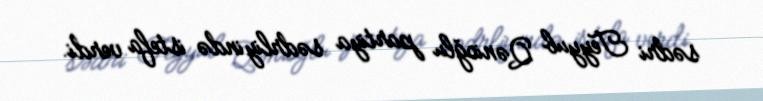
sədri Teyyub Qənioğlu partiya sədrliyində istefa verdi.